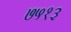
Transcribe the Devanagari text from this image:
७५१३